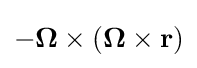
-{\boldsymbol {\Omega }}\times ({\boldsymbol {\Omega }}\times \mathbf {r} )